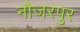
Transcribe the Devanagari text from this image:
नौजरपुर